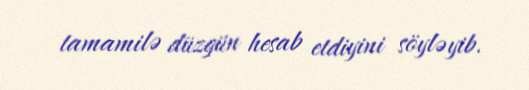
tamamilə düzgün hesab etdiyini söyləyib.